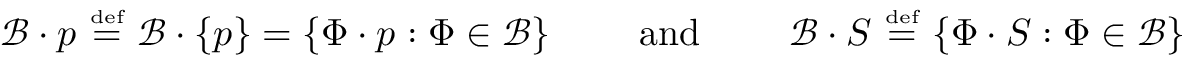
{ \mathcal { B } } \cdot p ~ { \stackrel { \scriptscriptstyle { \mathrm { d e f } } } { = } } ~ { \mathcal { B } } \cdot \{ p \} = \{ \Phi \cdot p : \Phi \in { \mathcal { B } } \} \qquad { \mathrm { ~ a n d ~ } } \qquad { \mathcal { B } } \cdot S ~ { \stackrel { \scriptscriptstyle { \mathrm { d e f } } } { = } } ~ \{ \Phi \cdot S : \Phi \in { \mathcal { B } } \}